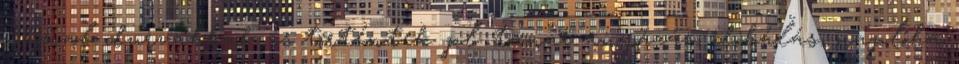
sokkal durvábbak is történtek pl. tanár anyázás, dobálás, naplóba